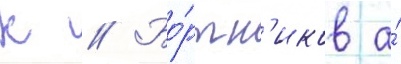
К // Бо́ртн'иков а́